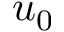
u _ { 0 }